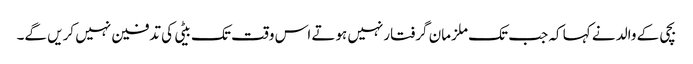
بچی کے والد نے کہا کہ جب تک ملزمان گرفتارنہیں ہوتے اس وقت تک بیٹی کی تدفین نہیں کریں گے۔